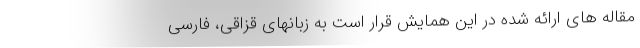
مقاله های ارائه شده در این همایش قرار است به زبانهای قزاقی، فارسی